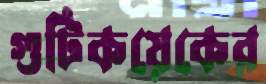
গুটিকয়েকের